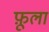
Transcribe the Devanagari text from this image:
फ़ूला